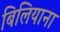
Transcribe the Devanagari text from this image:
बिलियाना